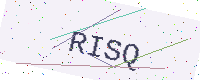
Text: RISQ